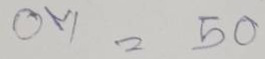
07 = 50